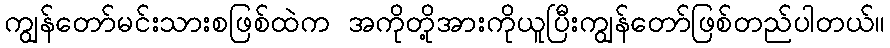
ကျွန်တော်မင်းသားစဖြစ်ထဲက အကိုတို့အားကိုယူပြီးကျွန်တော်ဖြစ်တည်ပါတယ်။